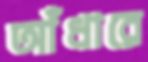
আঁধারে